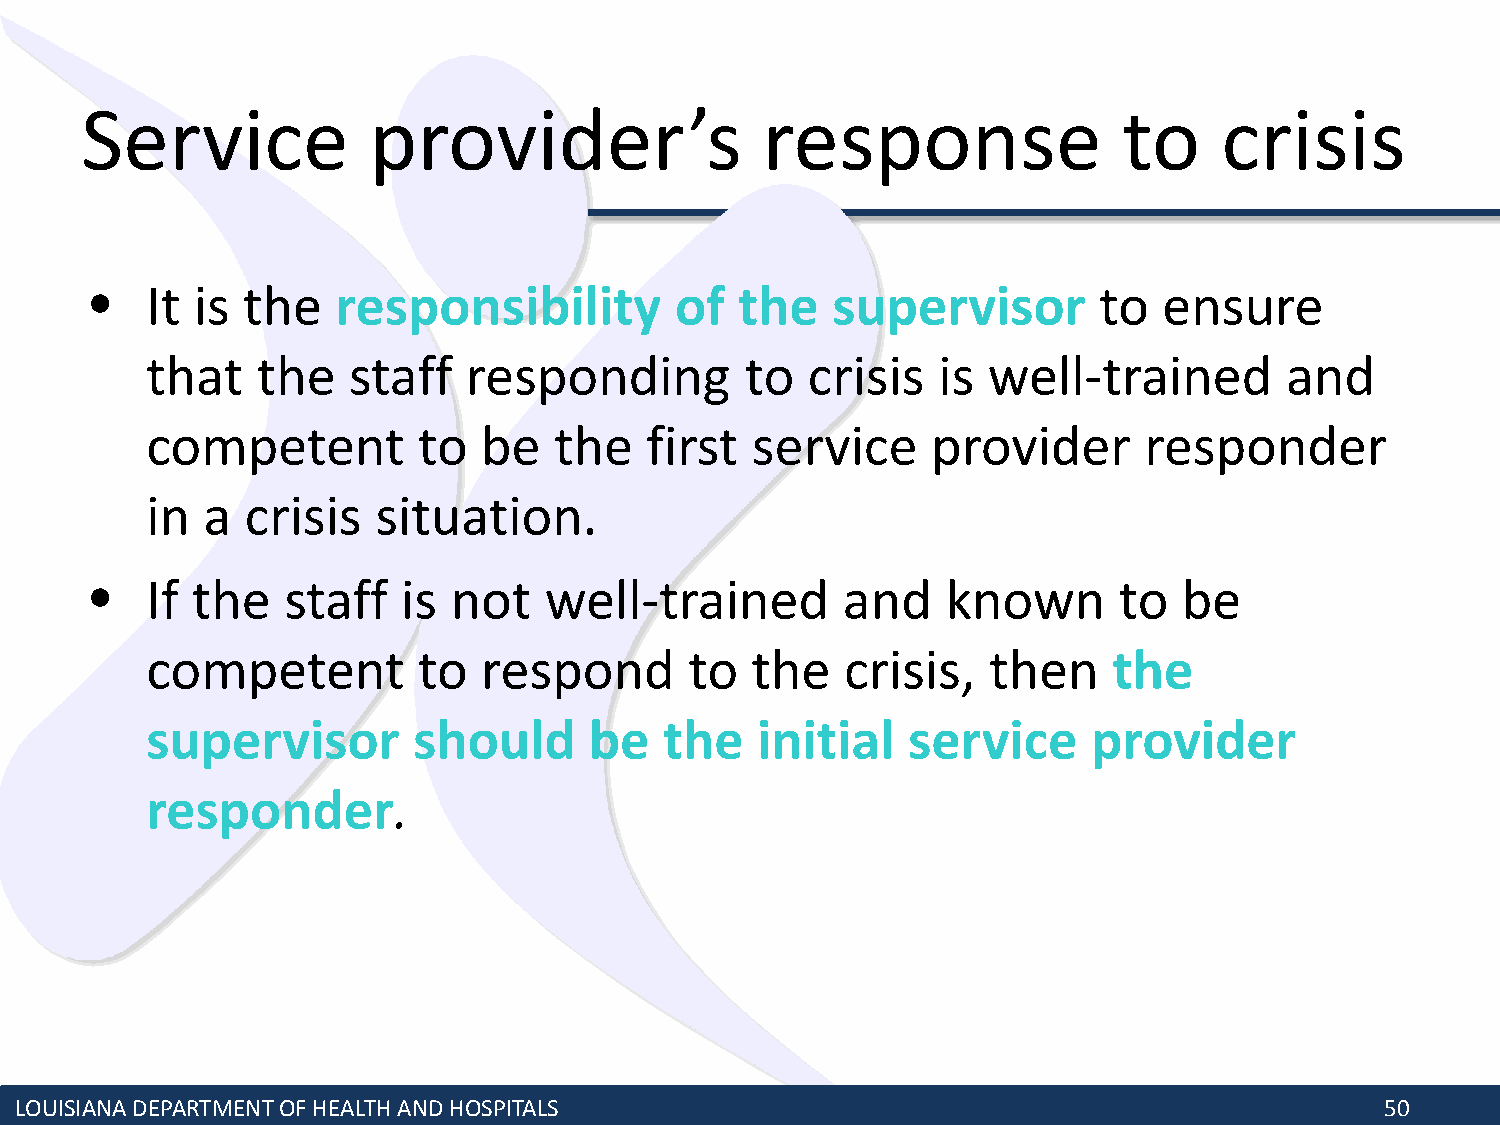
Service            provider’s                response                to     crisis
 •   It is the   responsibility         of  the   supervisor        to  ensure
 that   the   staff   responding        to  crisis   is well-trained        and
 competent         to  be   the   first  service     provider      responder
 in a  crisis   situation.
 •   If the   staff   is not   well-trained        and    known      to  be
 competent         to  respond       to  the   crisis,  then     the
 supervisor       should      be   the   initial   service     provider
 responder.
 LOUISIANA DEPARTMENT OF HEALTH AND HOSPITALS                                               50